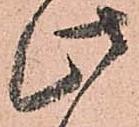
此